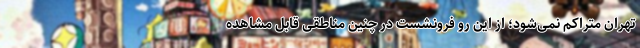
تهران متراکم نمی‌شود؛ از این رو فرونشست در چنین مناطقی قابل مشاهده